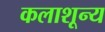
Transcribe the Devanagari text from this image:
कलाशून्य